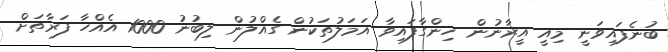
ބުނެފައިވަނީ މިއީ އީރާނުން ހިންގާފައިވާ އަމަލުތަކުން ގެއްލުން ލިބުނު 1000 އެއްހާ ފަރާތަށް